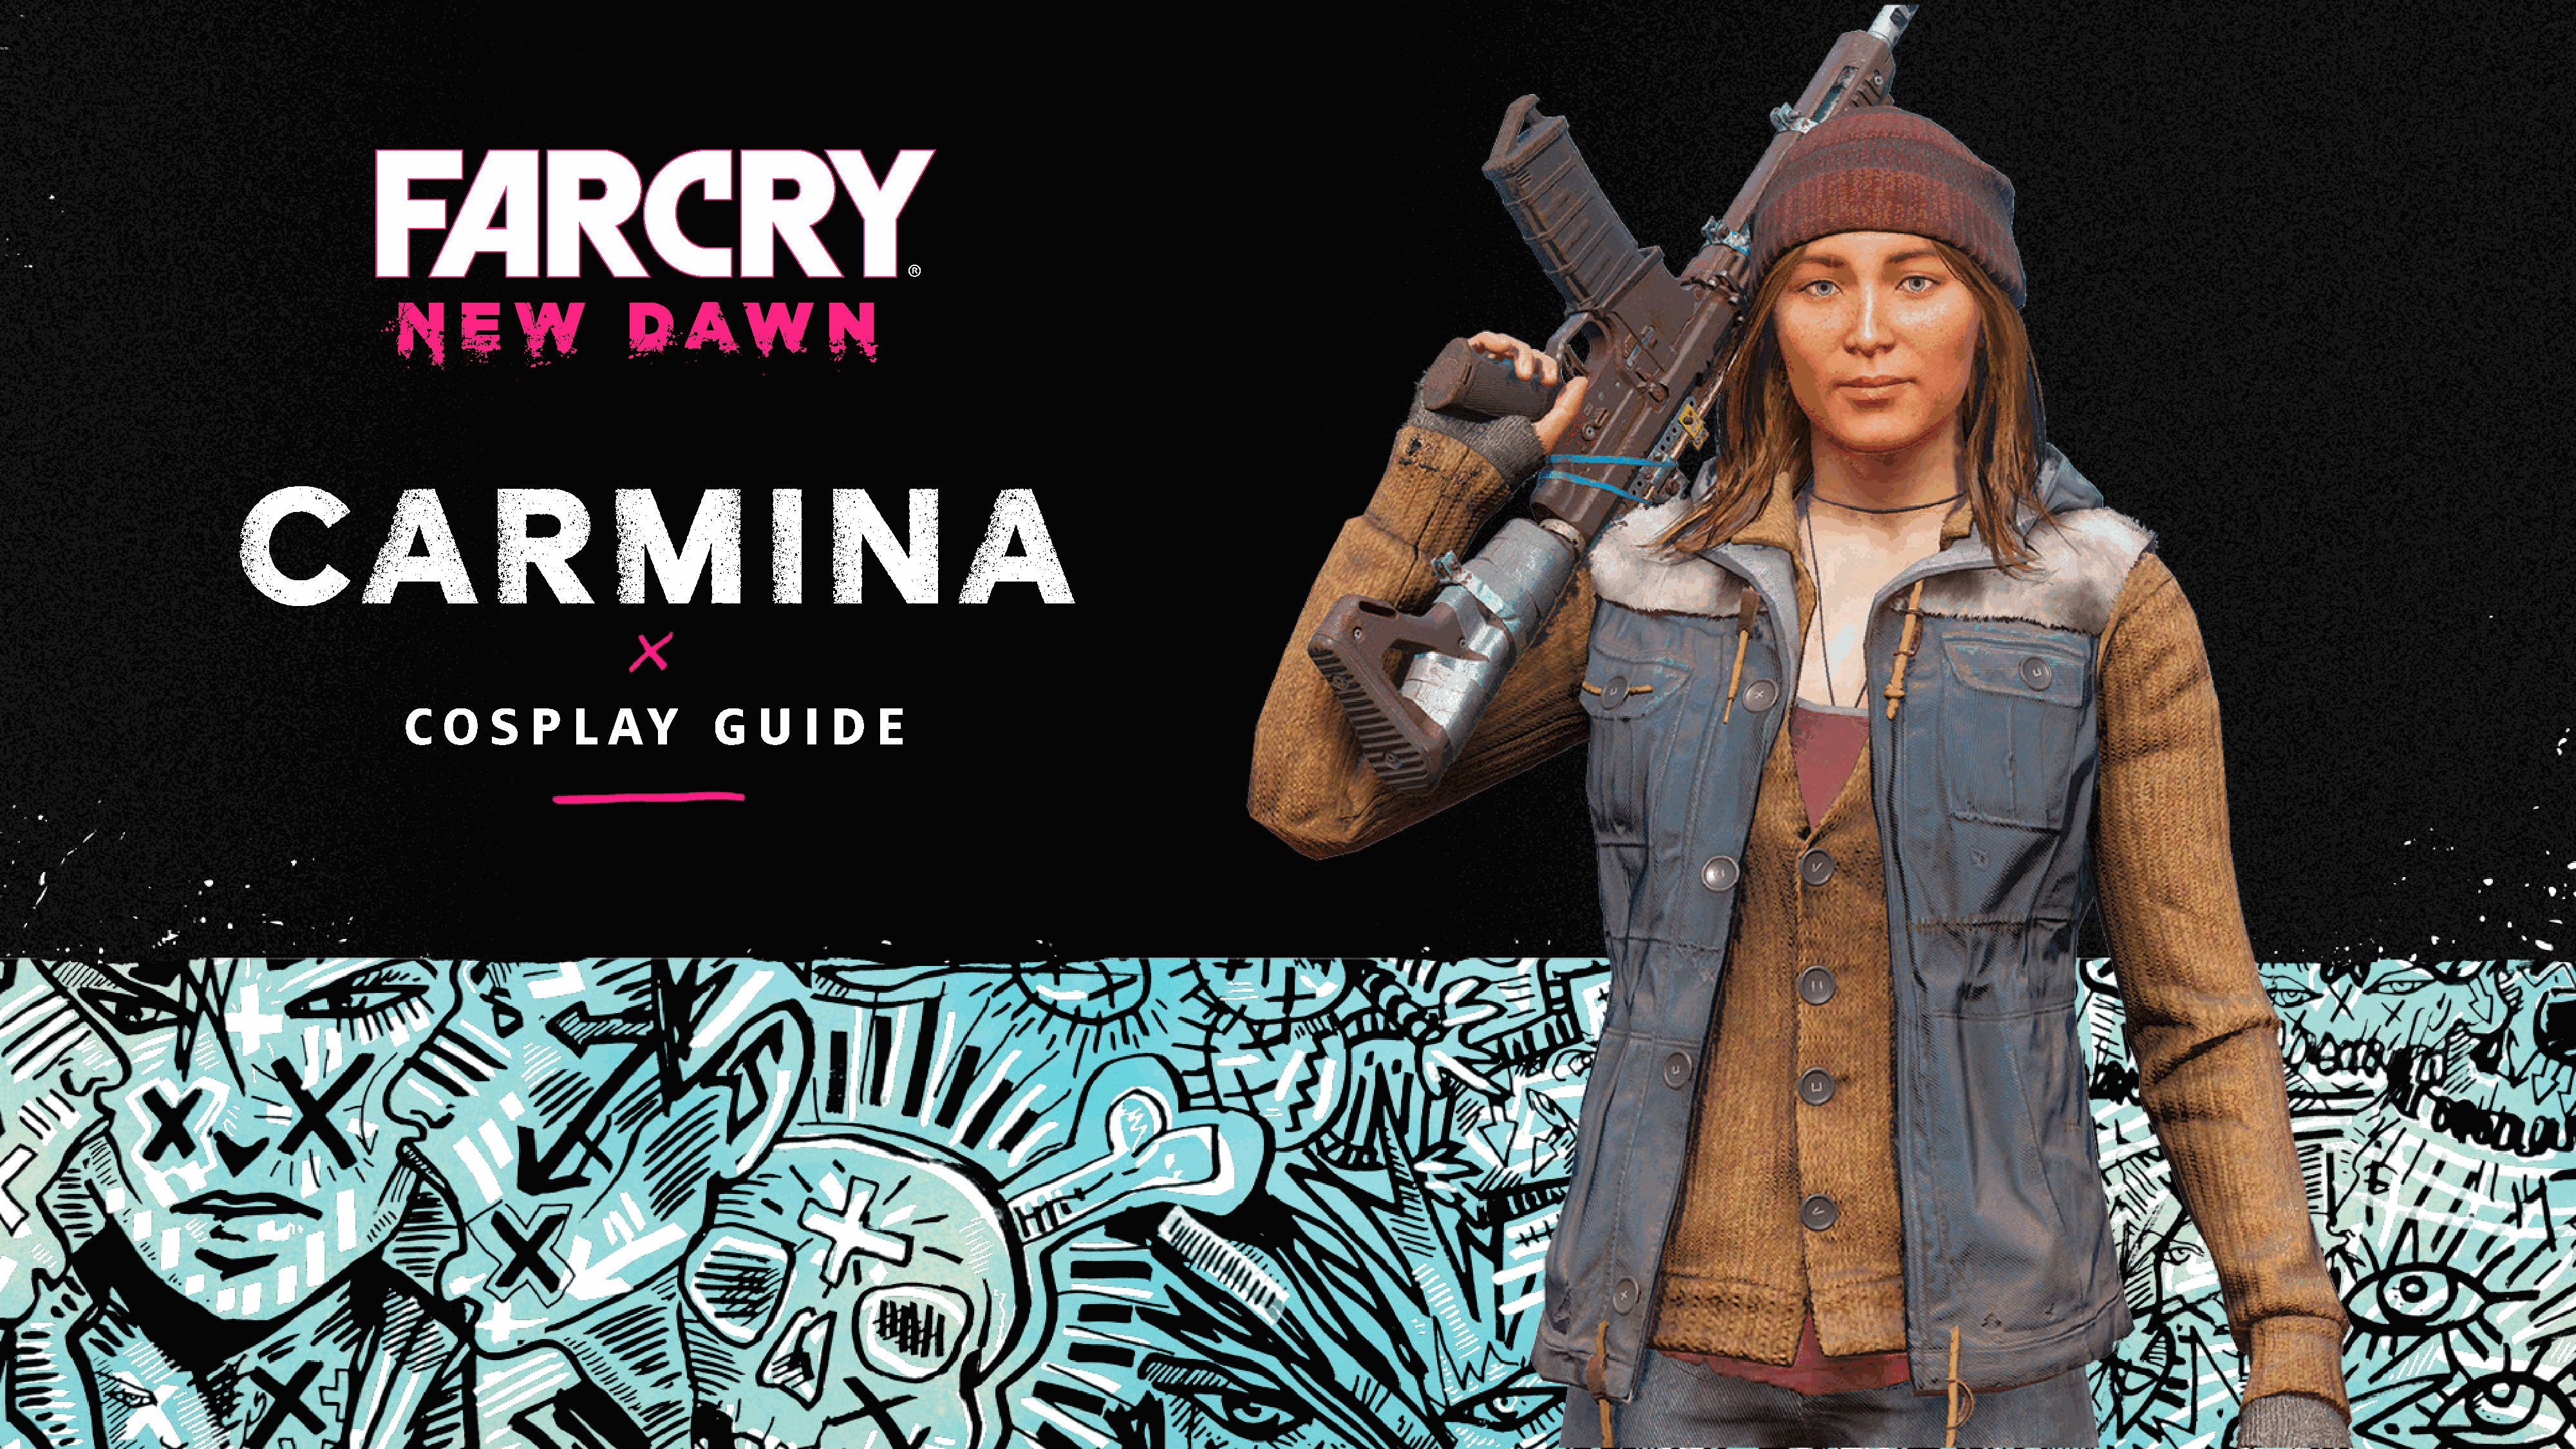
C            A            RMINA
 C  O    S   P    L   A   Y     G    U    I D    E